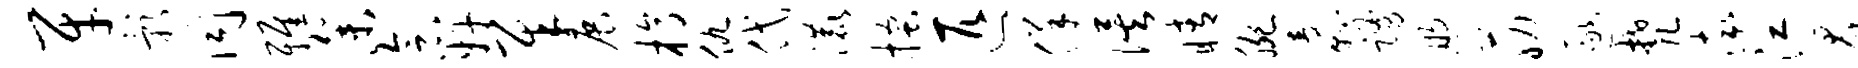
牙影同雅参念奸犀展槁仇代漉搔匹佯俟睛腕纛踊煦筋逐梵率江群